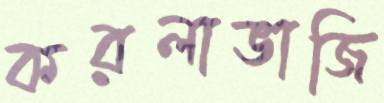
করলাভাজি